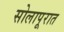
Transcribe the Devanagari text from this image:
सोलापूरात